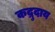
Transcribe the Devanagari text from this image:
कद्रुदाय